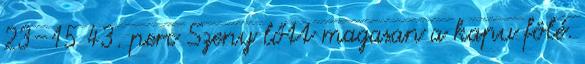
23–15 43. perc Szeny lőtt magasan a kapu fölé.